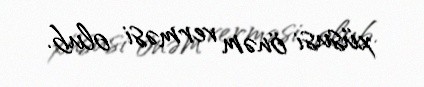
xüsusi önəm verməsi olub.